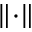
\lVert \cdot \rVert